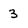
Character: 3